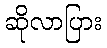
ဆိုလာပြား